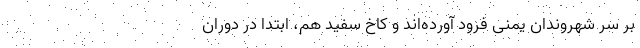
بر سر شهروندان یمنی فرود آورده‌اند و کاخ سفید هم، ابتدا در دوران